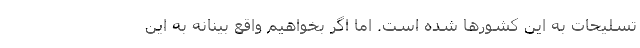
تسلیحات به این کشورها شده است. اما اگر بخواهیم واقع بینانه به این